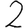
Digit: 2